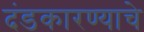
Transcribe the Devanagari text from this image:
दंडकारण्याचे